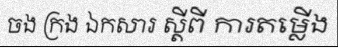
ចង ក្រង ឯកសារ ស្តីពី ការតម្លើង